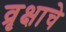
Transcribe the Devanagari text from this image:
व्रृक्षाचे